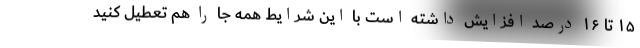
۱۵ تا ۱۶ درصد افزایش داشته است با این شرایط همه جا را هم تعطیل کنید